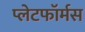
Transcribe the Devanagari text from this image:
प्लेटफॉर्मस